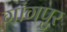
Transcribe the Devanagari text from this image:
गांगपुर